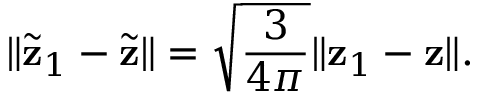
\| \widetilde { \mathbf z } _ { 1 } - \widetilde { \mathbf z } \| = \sqrt { \frac { 3 } { 4 \pi } } \| { \mathbf z } _ { 1 } - { \mathbf z } \| .